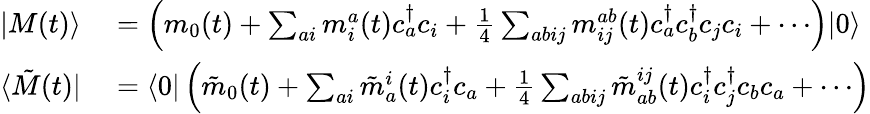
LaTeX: \begin{array}{rl}{\vert{M(t)}\rangle}&{{}=\left(m_{0}(t)+\sum_{ai}m_{i}^{a}(t)c_{a}^{\dagger}c_{i}+\frac{1}{4}\sum_{abij}m_{ij}^{ab}(t)c_{a}^{\dagger}c_{b}^{\dagger}c_{j}c_{i}+\cdots\right)\vert{0}\rangle}\\ {\langle{\tilde{M}(t)}\vert}&{{}=\langle{0}\vert\left(\tilde{m}_{0}(t)+\sum_{ai}\tilde{m}_{a}^{i}(t)c_{i}^{\dagger}c_{a}+\frac{1}{4}\sum_{abij}\tilde{m}_{ab}^{ij}(t)c_{i}^{\dagger}c_{j}^{\dagger}c_{b}c_{a}+\cdots\right)}\end{array}